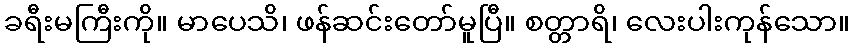
ခရီးမကြီးကို။ မာပေသိ၊ ဖန်ဆင်းတော်မူပြီ။ စတ္တာရိ၊ လေးပါးကုန်သော။